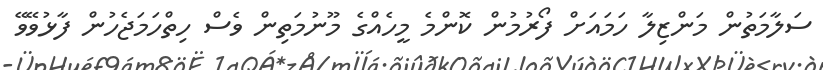
ސަލާމަތުން މަންޒިލާ ހަމައަށް ފޯރުމުން ކޮންމެ މީހެއްގެ މޫނުމަތިން ވެސް ހިތްހަމަޖެހުން ފާޅުވޭވޭ